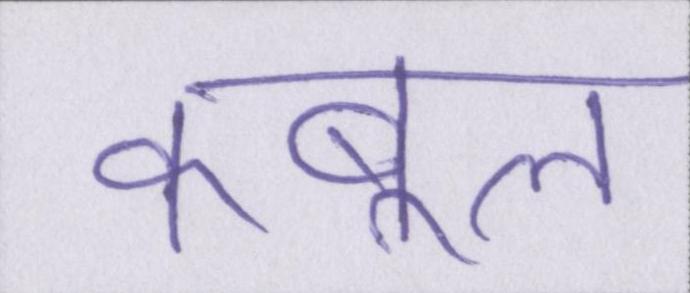
कबूल